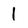
Character: 1